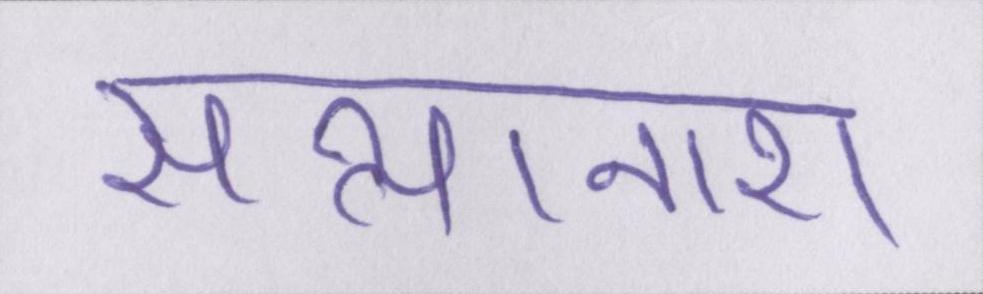
सत्यानाश